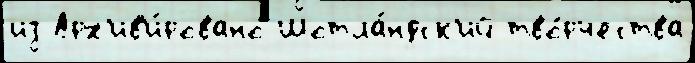
из Арх'ив'и́ровано Шотла́ндск'ий тво́рчества